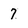
Character: 7